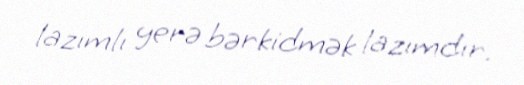
lazımlı yerə bərkidmək lazımdır.